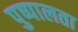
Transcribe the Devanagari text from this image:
पुष्पालता